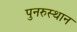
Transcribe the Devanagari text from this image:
पुनरुस्थान